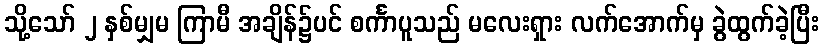
သို့သော် ၂ နှစ်မျှမ ကြာမီ အချိန်၌ပင် စင်္ကာပူသည် မလေးရှား လက်အောက်မှ ခွဲထွက်ခဲ့ပြီး